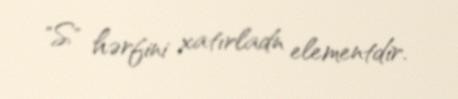
"S" hərfini xatırladn elementdir.